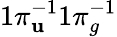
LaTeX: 1\pi_{\mathbf{u}}^{-1}1\pi_{g}^{-1}